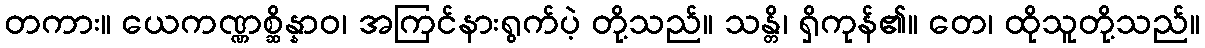
တကား။ ယေကဏ္ဏစ္ဆိန္နာဝ၊ အကြင်နားရွက်ပဲ့ တို့သည်။ သန္တိ၊ ရှိကုန်၏။ တေ၊ ထိုသူတို့သည်။